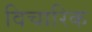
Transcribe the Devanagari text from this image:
विचारिक